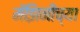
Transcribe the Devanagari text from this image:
मॅझिनीच्या